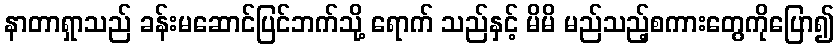
နာတာရှာသည် ခန်းမဆောင်ပြင်ဘက်သို့ ရောက် သည်နှင့် မိမိ မည်သည့်စကားတွေကိုပြော၍